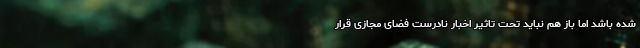
شده باشد اما باز هم نباید تحت تاثیر اخبار نادرست فضای مجازی قرار